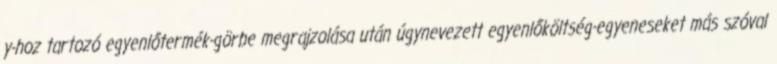
y-hoz tartozó egyenlőtermék-görbe megrajzolása után úgynevezett egyenlőköltség-egyeneseket más szóval